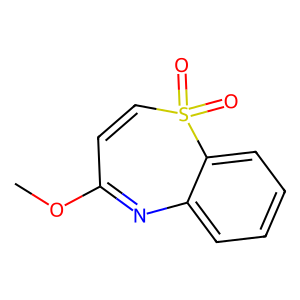
SMILES: COC1=Nc2ccccc2S(=O)(=O)C=C1
Inhibits HIV replication: No